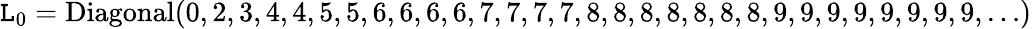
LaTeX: \mathtt{L}_{0}=\mathrm{{Diagonal}}(0,2,3,4,4,5,5,6,6,6,6,7,7,7,7,8,8,8,8,8,8,8,9,9,9,9,9,9,9,9,\ldots)